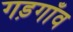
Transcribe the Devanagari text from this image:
गड़गाँव